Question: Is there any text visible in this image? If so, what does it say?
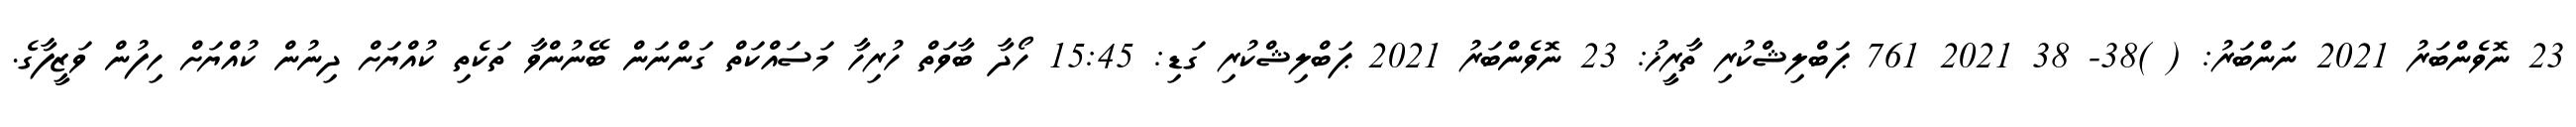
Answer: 23 ނޮވެންބަރު 2021 ނަންބަރު: ( )38- 38 2021 761 ޕަބްލިޝްކުރި ތާރީޚު: 23 ނޮވެންބަރު 2021 ޕަބްލިޝްކުރި ގަޑި: 15:45 ހޯދާ ބާވަތް ހުރިހާ މަސައްކަތް ގަންނަން ބޭނުންވާ ތަކެތި ކުއްޔަށް ދިނުން ކުއްޔަށް ހިފުން ވަޒީފާގެ.